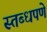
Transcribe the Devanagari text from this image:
स्तब्धपणे